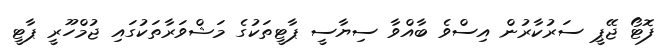
ފޮޓޯ ޖޭޕީ ސަރުކާރުން އިސްވެ ބާއްވާ ސިޔާސީ ޕާޓީތަކުގެ މަޝްވަރާތަކުގައި ޖުމްހޫރީ ޕާޓީ